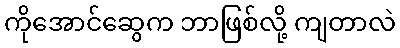
ကိုအောင်ဆွေက ဘာဖြစ်လို့ ကျတာလဲ